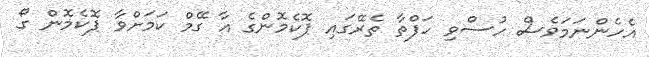
އެހެންނަމަވެސް ހުސްވި ހަފްތާ ތެރޭގައި ޕޮކެމޮންގެ އާ ގޭމް ކަމަށްވާ ޕޮކެމޮން ގޯ